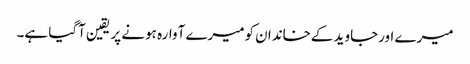
میرے اورجاوید کےخاندان کومیرے آوارہ ہونے پر یقین آگیا ہے۔